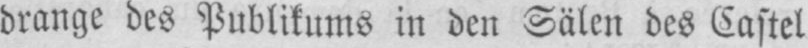
drange des Publikums in den Sälen des Castel